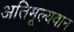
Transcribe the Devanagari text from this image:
अतिमूल्यवान